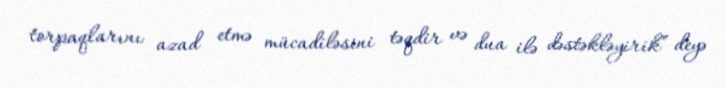
torpaqlarını azad etmə mücadiləsini təqdir və dua ilə dəstəkləyirik” deyə